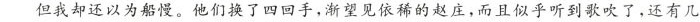
但我却还以为船慢。他们换了四回手，渐望见依稀的赵庄，而且似乎听到歌吹了，还有几